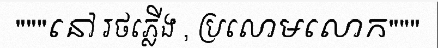
"""នៅ រថភ្លើង , ប្រលោមលោក"""